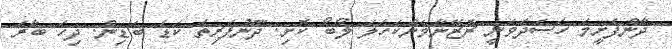
ދާންފެށީމަ ހަސަދަވަނީ ރޮޒޭނާމެންކަހަލަ ލޯބޯ ކޮށި. ދޫނުފަރިތަ ކަޑަ ބަޑިން. ދިހަ ބާރަ